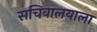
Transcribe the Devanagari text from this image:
सचिवालयाला